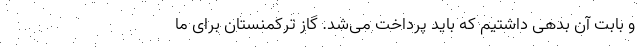
و بابت آن بدهی داشتیم که باید پرداخت می‌شد. گاز ترکمنستان برای ما